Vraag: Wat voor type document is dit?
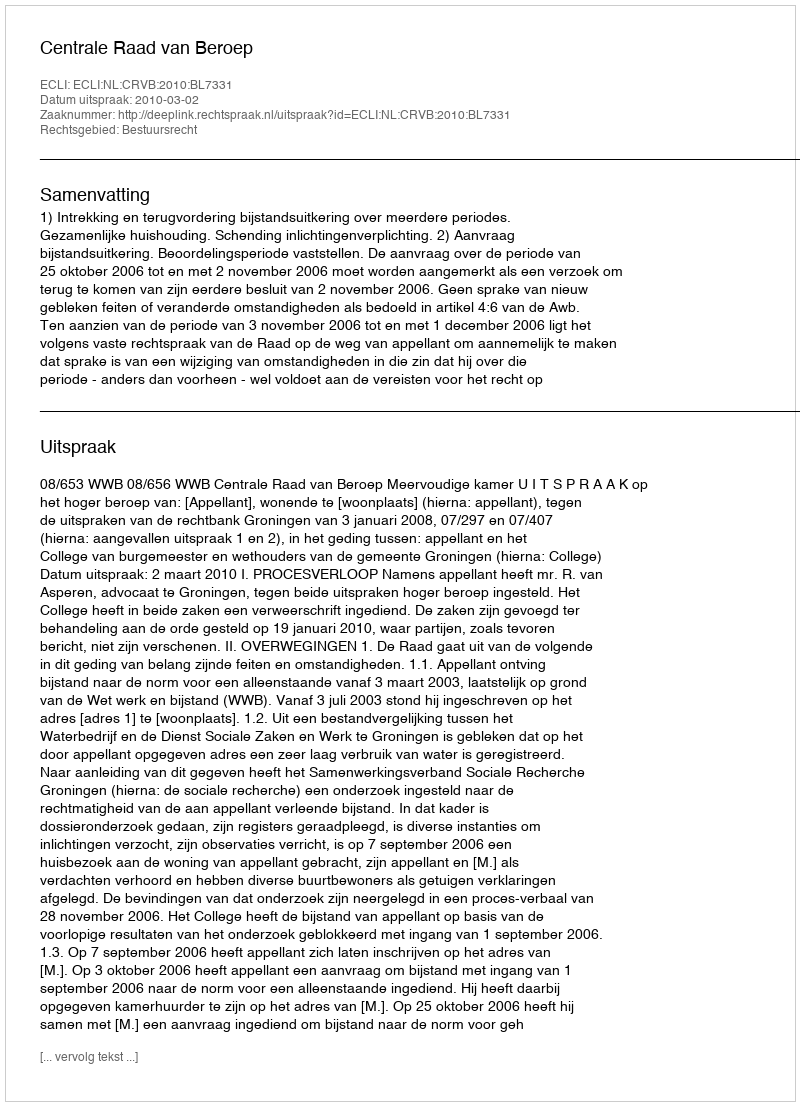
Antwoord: Uitspraak